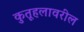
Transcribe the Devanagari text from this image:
कुतूहलावरील